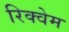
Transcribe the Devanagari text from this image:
रिक्वेम